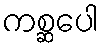
ကစ္ဆပေါ